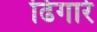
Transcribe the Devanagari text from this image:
ढिगारे